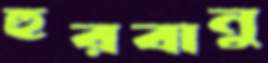
হুরবানু